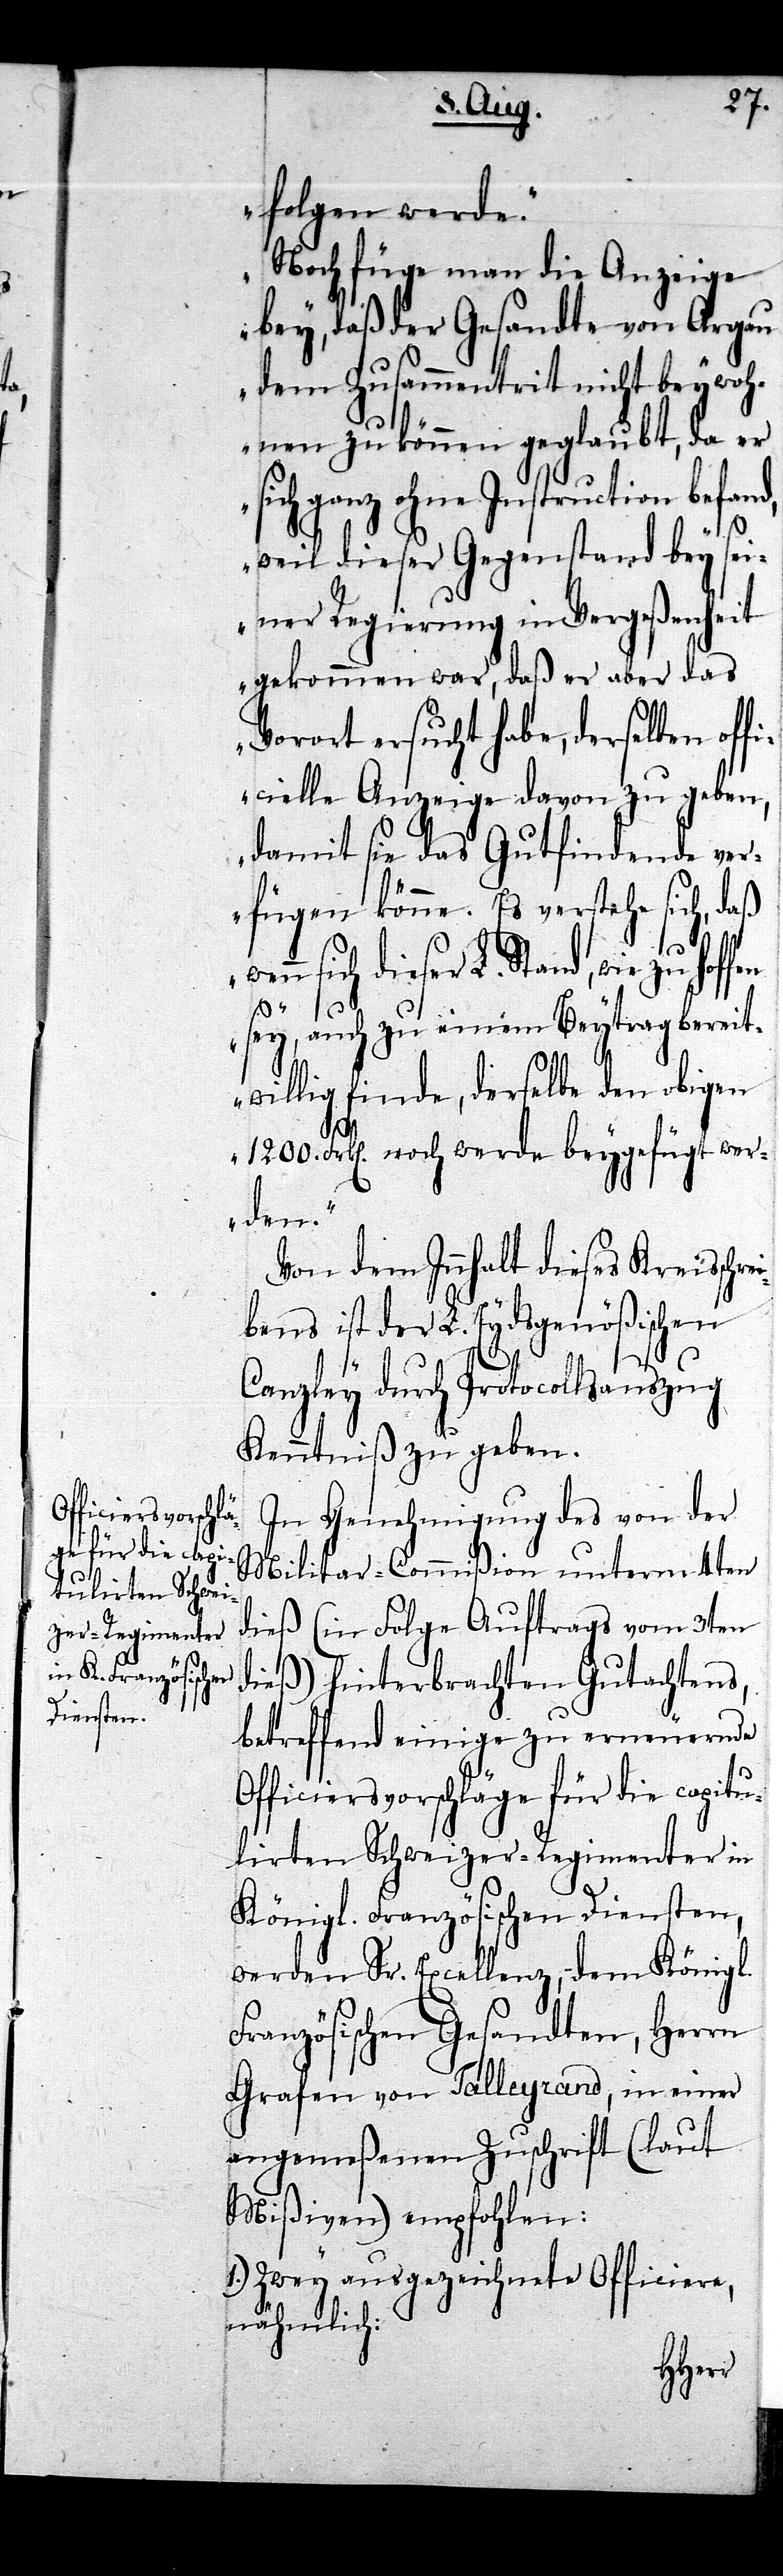
folgen werde.
Noch füge man die Anzeige
bey, daß der Gesandte von Argau
dem Zusammentrit nicht beywoh¬
nen zu können geglaubt, da er
ganz ohne Instruction befa¬
weil dieser Gegenstand bey sei¬
ner Regierung in Vergeßenheit
gekommen war, daß er aber das
Vorort ersucht habe, derselben of¬
ficielle Anzeige davon zu geben,
damit sie das Gutfindende ver¬
fügen könne. Es verstehe sich, daß
ei¬
wenn sich dieser L. Stand, wie zu hoffen
sey, auch zu einem Beytrag bereit¬
willig finde, derselbe den obigen
1200. Frk[en]. noch werde beygefügt wer¬
den.“
Von dem Innhalt dieses Kreisschr¬
bens ist der L. Eydsgenößischen
Canzley durch Protocollsauszug
Kenntniß zu geben.
In Genehmigung des von der
Militar-Commißion unterm 4ten
dieß (in Folge Auftrags vom 3ten
dieß) hinterbrachten Gutachtens,
betreffend einige zu erneuernde
Officiersvorschläge für die capitu¬
lirten Schweizer-Regimenter in
Königl. Französischen Diensten,
werden Sr. Excellenz, dem Königl.
Französischen Gesandten, Herrn
Grafen von Talleyrand, in einer
angemeßenen Zuschrift (laut
Mißiven) empfohlen:
1.) Zwey ausgezeichnete Officiere,
nähmlich: